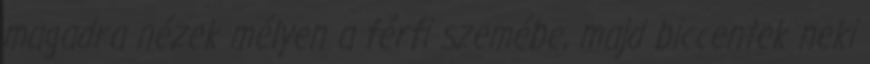
magadra nézek mélyen a férfi szemébe, majd biccentek neki